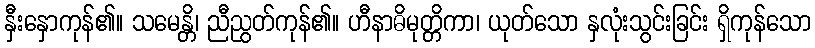
နှီးနှောကုန်၏။ သမေန္တိ၊ ညီညွတ်ကုန်၏။ ဟီနာဓိမုတ္တိကာ၊ ယုတ်သော နှလုံးသွင်းခြင်း ရှိကုန်သော